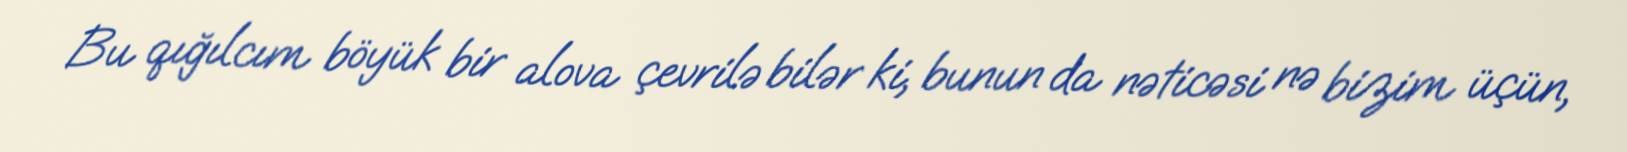
Bu qığılcım böyük bir alova çevrilə bilər ki, bunun da nəticəsi nə bizim üçün,